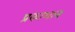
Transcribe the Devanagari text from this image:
प्रकाशान